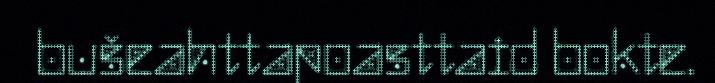
bušeahttapoasttaid bokte.